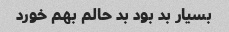
بسیار بد بود بد حالم بهم خورد